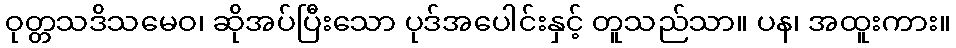
ဝုတ္တသဒိသမေဝ၊ ဆိုအပ်ပြီးသော ပုဒ်အပေါင်းနှင့် တူသည်သာ။ ပန၊ အထူးကား။